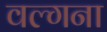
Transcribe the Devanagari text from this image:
वल्गना